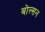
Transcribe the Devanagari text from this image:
बोल्सन